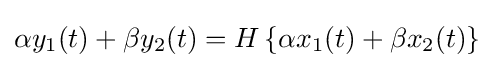
\alpha y_{1}(t)+\beta y_{2}(t)=H\left\{\alpha x_{1}(t)+\beta x_{2}(t)\right\}